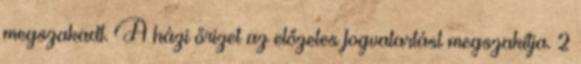
megszakadt. A házi őrizet az előzetes fogvatartást megszakítja. 2